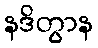
နဒိတွာန